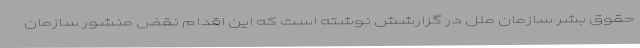
حقوق بشر سازمان ملل در گزارشش نوشته است که این اقدام نقض منشور سازمان